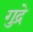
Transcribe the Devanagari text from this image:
गुद्रे